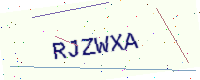
Text: RJZWXA